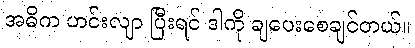
အဓိက ဟင်းလျာ ပြီးရင် ဒါကို ချပေးစေချင်တယ်။